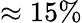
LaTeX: \approx 15\%